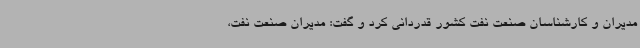
مدیران و کارشناسان صنعت نفت کشور قدردانی کرد و گفت: مدیران صنعت نفت،